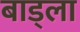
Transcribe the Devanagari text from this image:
बाड्ला